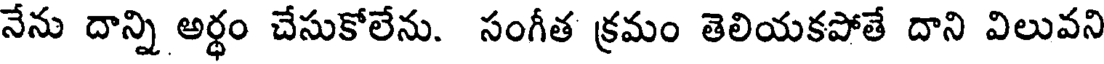
నేను దాన్ని అర్థం చేసుకోలేను. సంగీత క్రమం తెలియకపోతే దాని విలువని